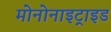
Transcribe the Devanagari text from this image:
मोनोनाइट्राइड